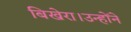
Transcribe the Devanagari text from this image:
बिखेरा।उन्होंने